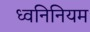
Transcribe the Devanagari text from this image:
ध्वनिनियम